Sanitation, dispensaries and jails vaccination Rajputana 1922-1927 - 1922-1927
Year: 1922
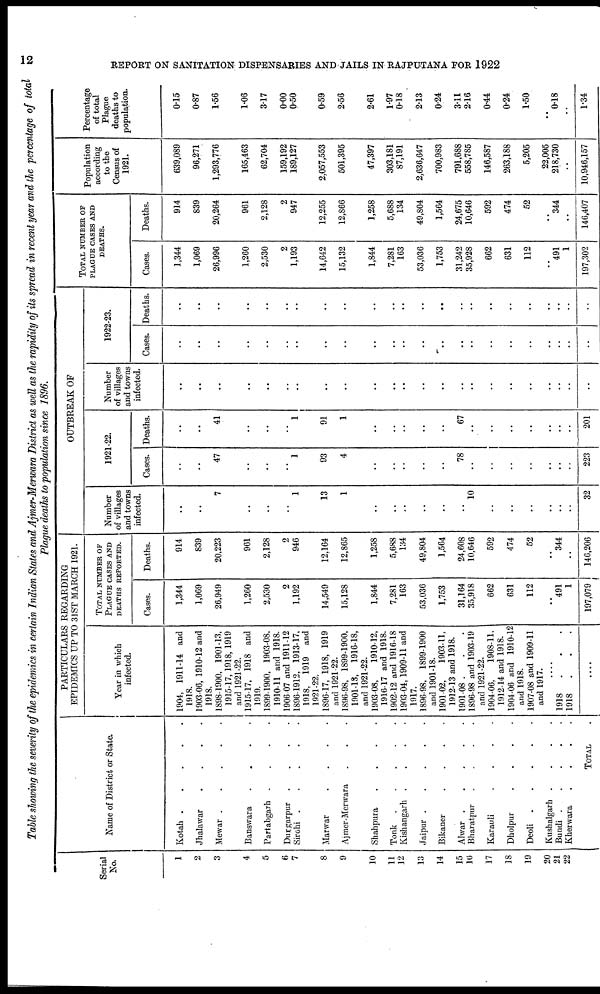
12
REPORT ON SANITATION DISPENSARIES AND JAILS IN RAJPUTANA FOR 1922
Table showing the severity of the epidemics in certain Indian States and Ajmer-Merwara District as well as the rapidity of its spread in recent year and the percentage of total
Plague deaths to population since 1896.
Serial
No.
1
2
3
4
5
6
7
8
9
10
11
12
13
14
15
16
17
18
19
20
211
22
Name of District or State.
Kotah .
.
.
.
.
Jhalawar
.
.
.
.
Mewar .
.
.
.
.
Banswara
.
.
.
.
Partabgarh .
.
.
.
Durgarpur
.
.
.
.
Sirohi .
.
.
.
.
Marwar
.
.
.
.
Ajmer-Merwara . . .
Shahpura
.
.
.
.
Tonk . . . . .
Kishangarh .
.
.
.
Jaipur .
.
.
.
.
Bikaner
.
.
.
.
Alwar .
.
.
.
.
Bharatpur
.
.
.
.
Karauli
.
.
.
.
Dholpur
.
.
.
.
Deoli .
.
.
.
.
Kushalgarh .
.
.
.
Bundi .
.
.
.
.
Kherwara
.
.
.
.
TOTAL .
PARTICULARS REGARDING
EPIDEMICS UP TO 31ST MARCH 1921.
Year in which
infected.
1904, 1911-14 and
1918.
1903-06, 1910-12 and
1918.
1898-1900, 1901-13,
1915-17, 1918, 1919
and 1921-22.
1915-17, 1918 and
1919.
1899-1900, 1903-08,
1910-11 and 1918.
11906-07 and 1911-12
1896-1912, 1913-17,
1918, 1919
and
1921-22.
1896-17, 1918, 1919
and 1921-22.
1896-98, 1899-1900,
1901-13, 1916-18,
and 1921-22.
1903-08,
1910-12,
1916-17 and 1918.
1902-12 and 1916-18
1903-04,1909-11 and
1917.
1896-98, 1899-1900
and 1901-18.
1901-02,
1903-11,
1912-13 and 1918.
1901-08 . . .
1896-98 and 1903-19
and 1921-22.
1904-06,
1908-11,
1912-14 and 1918.
1904-06 and 1910-12
and 1918.
1907-08 and 1909-11
and 1917.
....
1918 . . .
1918 . . .
....
TOTAL NUMBER OF
PLAGUE CASES AND
DEATHS REPORTED.
Cases.
1,344
1,069
26,949
1,260
2,530
2
1,192
14,549
15,128
1,844
7,281
163
53,036
1,753
31,164
35,918
662
631
112
..
491
1
197,079
Deaths.
914
839
20,223
961
2,128
2
946
12,164
12,865
1,258
5,688
134
49,804
1,564
24,608
10,646
592
474
52
..
344
..
146,206
OUTBREAK OF
Number
of villages
and towns
infected.
..
..
7
..
..
..
1
13
1
..
..
..
..
..
..
10
..
..
..
..
..
..
32
1921-22.
Cases.
..
..
47
..
..
..
1
93
4
..
..
..
..
..
78
..
..
..
..
..
..
..
223
Deaths.
..
..
41
..
..
..
1
91
1
..
..
..
..
..
67
..
..
..
..
..
..
..
201
Number
of villages
and towns
infected.
..
..
..
..
..
..
..
..
..
..
..
..
..
..
..
..
..
..
..
..
..
..
..
1922-23.
Cases.
..
..
..
..
..
..
..
..
..
..
..
..
..
..
..
..
..
..
..
..
..
..
..
Deaths.
..
..
..
..
..
..
..
..
..
..
..
..
..
..
..
..
..
..
..
..
..
..
..
TOTAL NUMBER OF
PLAGUE CASES AND
DEATHS.
Cases.
1,344
1,069
26,996
1,260
2,530
2
1,193
14,642
15,132
1,844
7,281
163
53,036
1,753
31,242
35,928
662
631
112
..
491
1
197,302
Deaths.
914
839
20,264
961
2,128
2
947
12,255
12,866
1,258
5,688
134
49,804
1,564
24,675
10,646
592
474
52
..
344
..
146,407
Population
according
to the
Census of
1921.
639,089
96,271
1,293,776
165,463
62,704
159,192
189,127
2,057,553
501,395
47,397
303,181
87,191
2,636,647
700,983
791,688
558,785
146,587
263,188
5,205
22,005
218,730
..
10,946,157
Percentage
of total
Plague
deaths to
population.
0.15
0.87
1.56
1.06
3.17
0.00
0.50
0.59
2.56
2.61
1.97
0.18
2.13
0.24
3.11
2.16
0.44
0.24
1.50
..
0.18
..
1.34